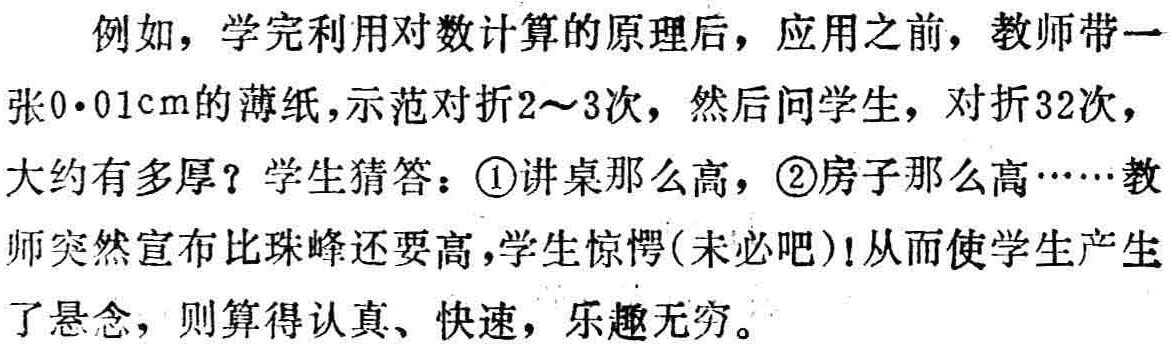
例如，学完利用对数计算的原理后，应用之前，教师带一张\(0\cdot01\mathrm{cm}\)的薄纸，示范对折\(2\sim3\)次，然后问学生，对折\(32\)次，大约有多厚？学生猜答：\textcircled{1}讲桌那么高，\textcircled{2}房子那么高……教师突然宣布比珠峰还要高，学生惊愕(未必吧)!从而使学生产生了悬念，则算得认真、快速，乐趣无穷。